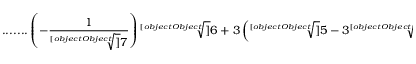
{ \mathrm { . . . . . . . } } \left( - { \frac { 1 } { \sqrt [ [object Object] ] { 7 } } } \right) { \sqrt [ [object Object] ] { 6 + 3 \left( { \sqrt [ [object Object] ] { 5 - 3 { \sqrt [ [object Object] ] { 7 } } } } + { \sqrt [ [object Object] ] { 4 - 3 { \sqrt [ [object Object] ] { 7 } } } } \right) } }